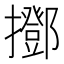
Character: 𢸞